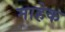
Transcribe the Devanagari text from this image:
माहेक